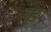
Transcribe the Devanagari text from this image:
गङ